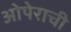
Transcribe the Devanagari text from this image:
ओपेराची